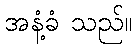
အနံ့ခံ သည်။